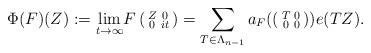
LaTeX: \begin{align*} \Phi (F) (Z) := \underset{ t \rightarrow \infty} \lim F \left( \begin{smallmatrix} Z & 0 \\ 0 & i t \end{smallmatrix} \right) = \sum_{T \in \Lambda_{n-1}} a_F(\begin{psmallmatrix} T & 0 \\0 & 0 \end{psmallmatrix} )e(TZ).\end{align*}